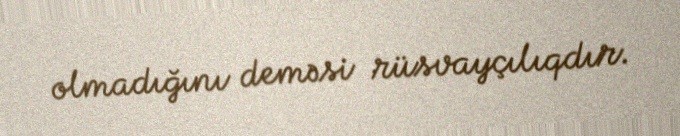
olmadığını deməsi rüsvayçılıqdır.